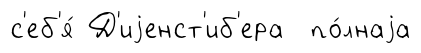
с'еб'я́ Д'иjенст'иб'ера по́лнаjа